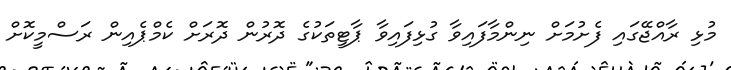
މުޅި ރާއްޖޭގައި ފެށުމަށް ނިންމާފައިވާ ގުޅިފައިވާ ޕާޓީތަކުގެ ދޮރުން ދޮރަށް ކެމްޕެއިން ރަސްމީކޮށް